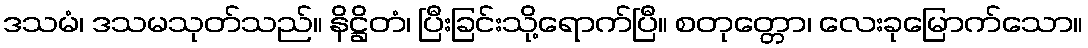
ဒသမံ၊ ဒသမသုတ်သည်။ နိဋ္ဌိတံ၊ ပြီးခြင်းသို့ရောက်ပြီ။ စတုတ္တော၊ လေးခုမြောက်သော။